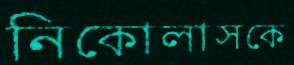
নিকোলাসকে